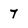
Character: 7